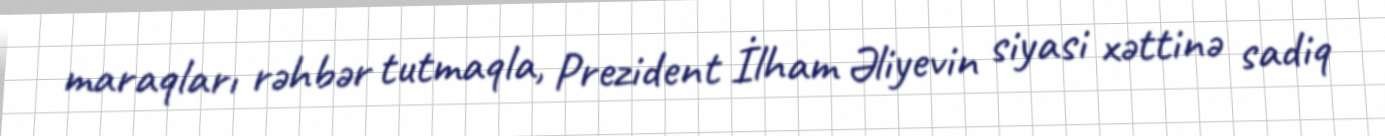
maraqları rəhbər tutmaqla, Prezident İlham Əliyevin siyasi xəttinə sadiq